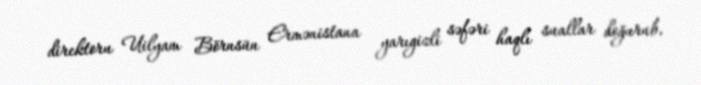
direktoru Uilyam Börnsün Ermənistana yarıgizli səfəri haqlı suallar doğurub.